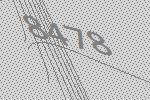
8478